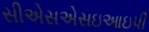
સીએસએસઇઆઇપી